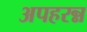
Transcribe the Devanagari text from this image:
अपहरन्न